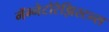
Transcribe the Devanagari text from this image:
मॅग्नेटोरेझिस्टन्स